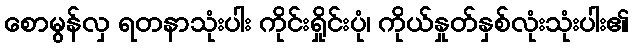
စောမွန်လှ ရတနာသုံးပါး ကိုင်းရှိုင်းပုံ၊ ကိုယ်နှုတ်နှစ်လုံးသုံးပါး၏